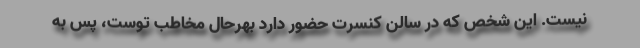
نیست. این شخص که در سالن کنسرت حضور دارد بهرحال مخاطب توست، پس به